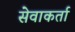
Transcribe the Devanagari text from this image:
सेवाकर्ता